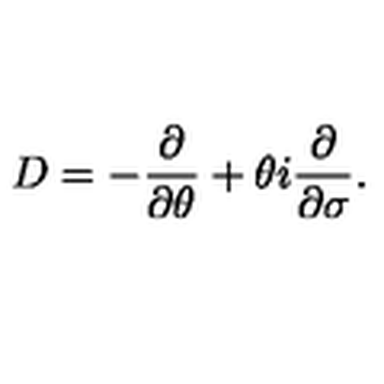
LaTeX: D = - \frac { \partial } { \partial \theta } + \theta i \frac { \partial } { \partial \sigma } .